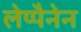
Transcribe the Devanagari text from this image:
लेप्पैनेन